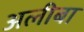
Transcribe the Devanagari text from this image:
अलीबा